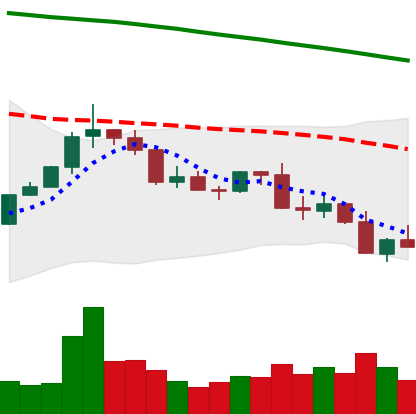
Ticker: XLM-USD
Chart end date: 2022-02-23
Forward return: 8.178%
Label: up_7plus